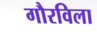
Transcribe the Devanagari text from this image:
गौरविला